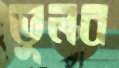
ভুলব